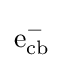
{\mathrm {e} {\vphantom {A}}_{\smash[{t}]{\mathrm {cb} }}^{-}}